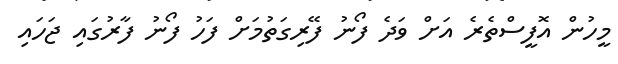
މީހުން އޮފީސްތެރެ އަށް ވަދެ ފޯނު ފޭރިގަތުމަށް ފަހު ފޯނު ފާރުގައި ޖަހައި